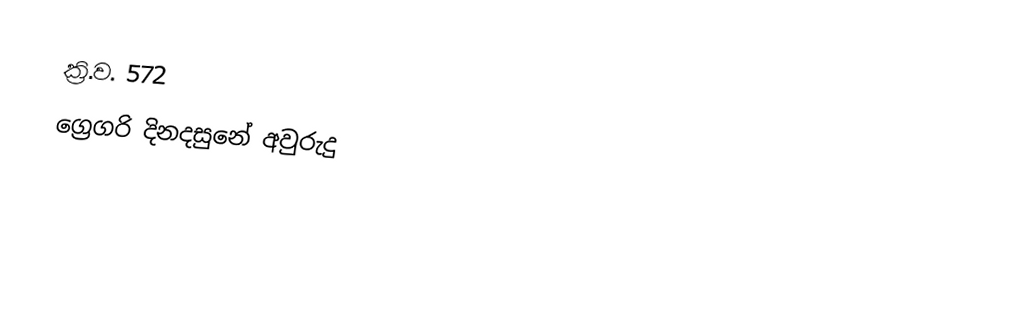
ක්‍රි.ව. 572
ග්‍රෙගරි දිනදසුනේ අවුරුදු